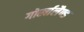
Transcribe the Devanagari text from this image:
गोर्खालैण्ड